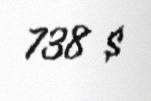
738 $